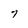
Character: 7